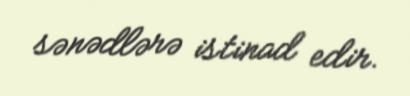
sənədlərə istinad edir.